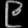
Digit: ၉